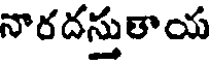
నొరదస్తుతాయ